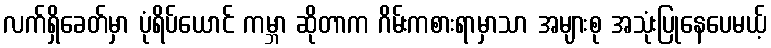
လက်ရှိခေတ်မှာ ပုံရိပ်ယောင် ကမ္ဘာ ဆိုတာက ဂိမ်းကစားရာမှာသာ အများစု အသုံးပြုနေပေမယ့်